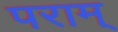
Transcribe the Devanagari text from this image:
पराम्